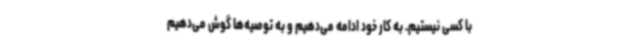
با کسی نیستیم. به کار خود ادامه می‌دهیم و به توصیه‌ها گوش می‌دهیم